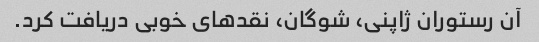
آن رستوران ژاپنی، شوگان، نقدهای خوبی دریافت کرد.